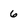
Character: 6